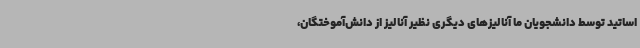
اساتید توسط دانشجویان ما آنالیزهای دیگری نظیر آنالیز از دانش‌آموختگان،